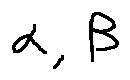
\alpha , \beta